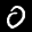
Label: 0